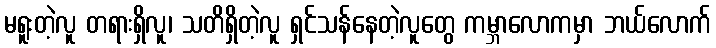
မရူးတဲ့လူ တရားရှိလူ၊ သတိရှိတဲ့လူ ရှင်သန်နေတဲ့လူတွေ ကမ္ဘာလောကမှာ ဘယ်လောက်